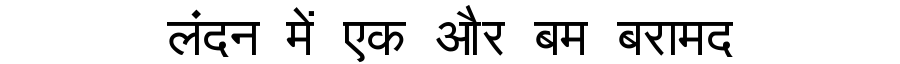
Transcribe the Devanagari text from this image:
लंदन में एक और बम बरामद